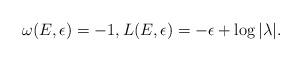
LaTeX: \begin{align*}\omega(E,\epsilon)=-1, L(E,\epsilon) = -\epsilon+ \log |\lambda|.\end{align*}